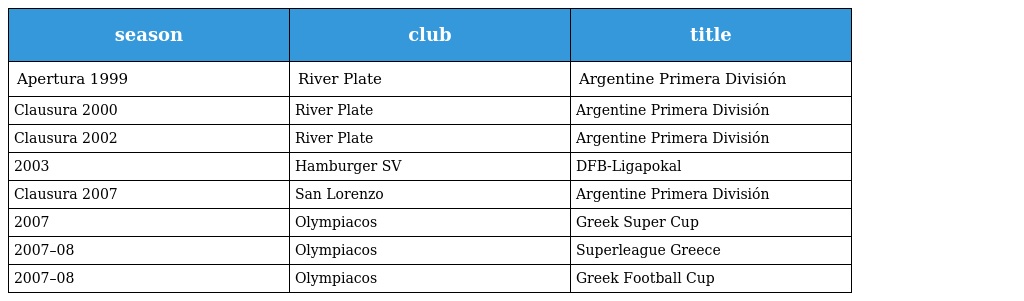
| season | club | title |
 | --- | --- | --- |
 | Apertura 1999 | River Plate | Argentine Primera División |
 | Clausura 2000 | River Plate | Argentine Primera División |
 | Clausura 2002 | River Plate | Argentine Primera División |
 | 2003 | Hamburger SV | DFB-Ligapokal |
 | Clausura 2007 | San Lorenzo | Argentine Primera División |
 | 2007 | Olympiacos | Greek Super Cup |
 | 2007–08 | Olympiacos | Superleague Greece |
 | 2007–08 | Olympiacos | Greek Football Cup |